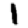
Digit: 1